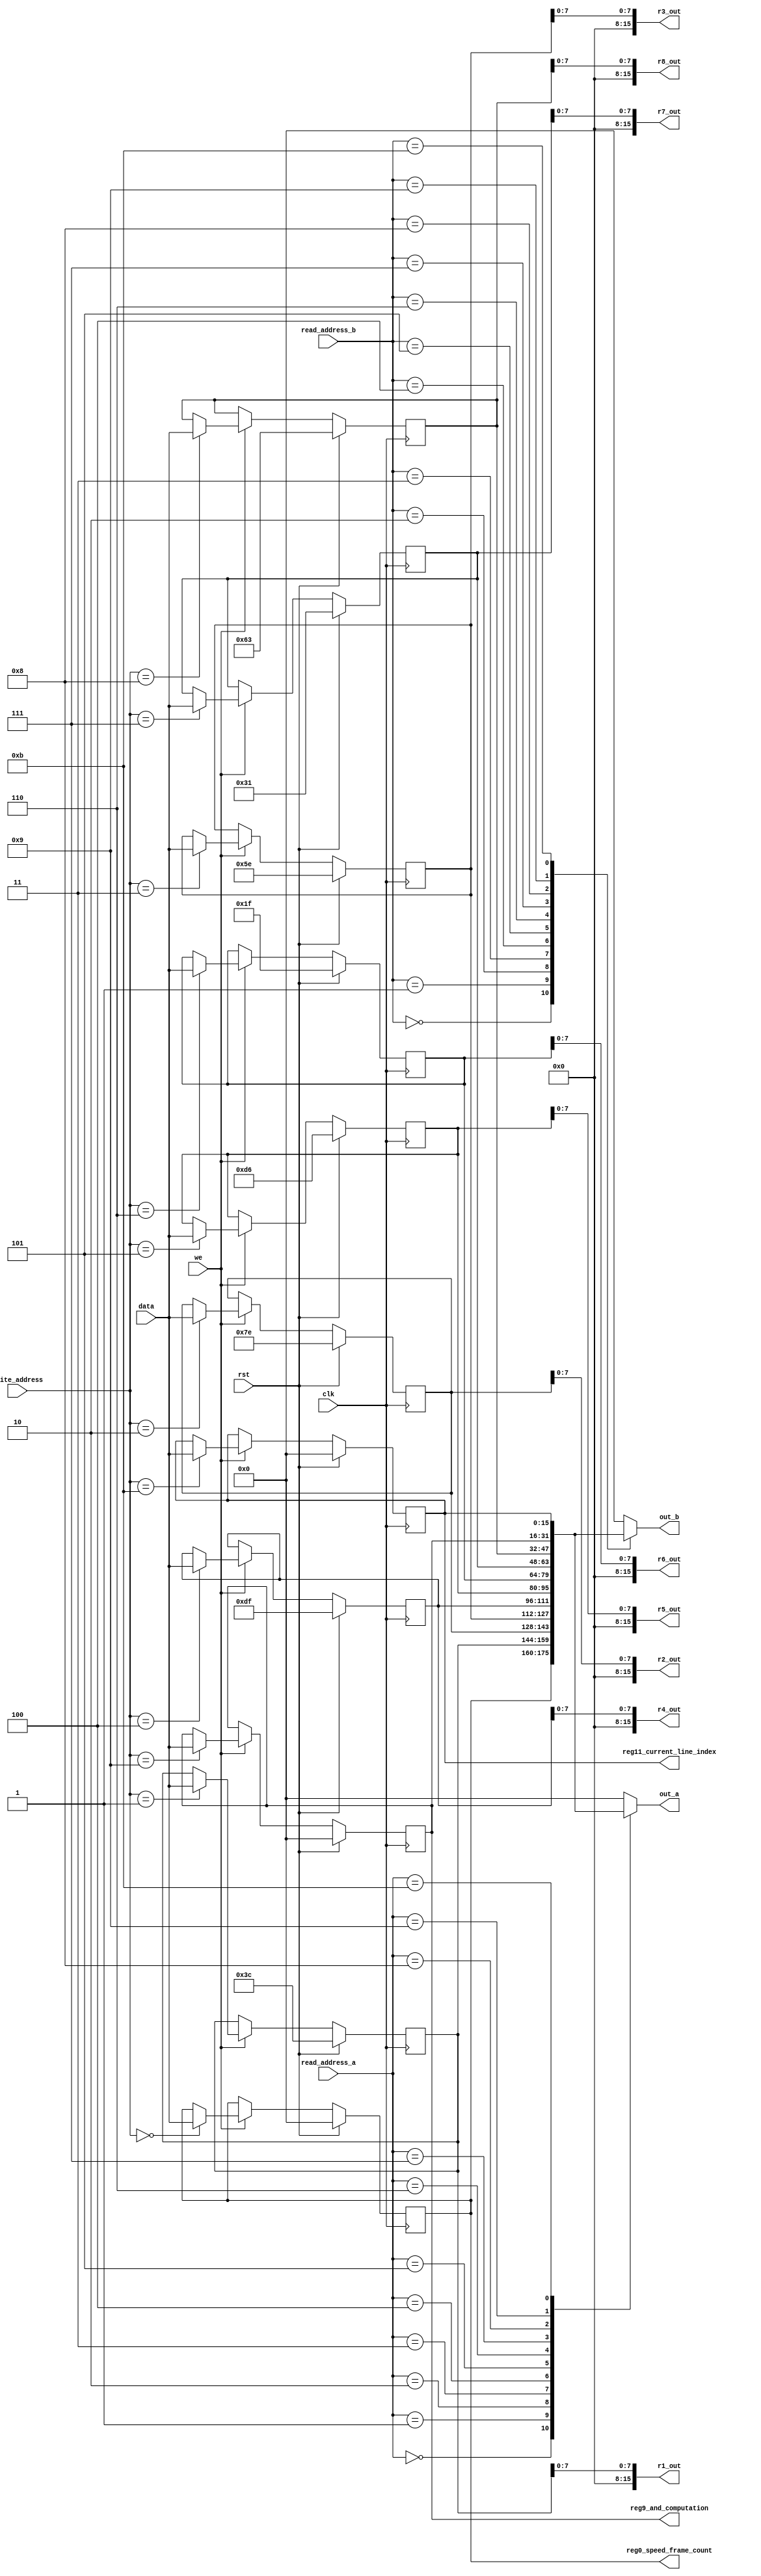
/*
   This file was generated automatically by Alchitry Labs version 1.2.7.
   Do not edit this file directly. Instead edit the original Lucid source.
   This is a temporary file and any changes made to it will be destroyed.
*/

module game_miniRegfiles_14 (
    input clk,
    input rst,
    input [3:0] write_address,
    input we,
    input [15:0] data,
    input [3:0] read_address_a,
    input [3:0] read_address_b,
    output reg [15:0] out_a,
    output reg [15:0] out_b,
    output reg [15:0] r1_out,
    output reg [15:0] r2_out,
    output reg [15:0] r3_out,
    output reg [15:0] r4_out,
    output reg [15:0] r5_out,
    output reg [15:0] r6_out,
    output reg [15:0] r7_out,
    output reg [15:0] r8_out,
    output reg [15:0] reg11_current_line_index,
    output reg [15:0] reg0_speed_frame_count,
    output reg [15:0] reg9_and_computation
  );
  
  
  
  reg [15:0] M_gamestate_r0_d, M_gamestate_r0_q = 1'h0;
  reg [15:0] M_line1_r1_d, M_line1_r1_q = 16'h003c;
  reg [15:0] M_line2_r2_d, M_line2_r2_q = 16'h007e;
  reg [15:0] M_line3_r3_d, M_line3_r3_q = 16'h005e;
  reg [15:0] M_line4_r4_d, M_line4_r4_q = 16'h00df;
  reg [15:0] M_line5_r5_d, M_line5_r5_q = 16'h00d6;
  reg [15:0] M_line6_r6_d, M_line6_r6_q = 16'h001f;
  reg [15:0] M_line7_r7_d, M_line7_r7_q = 16'h0031;
  reg [15:0] M_line8_r8_d, M_line8_r8_q = 16'h0063;
  reg [15:0] M_and_result_r9_d, M_and_result_r9_q = 1'h0;
  reg [15:0] M_current_line_r11_d, M_current_line_r11_q = 1'h0;
  
  always @* begin
    M_gamestate_r0_d = M_gamestate_r0_q;
    M_line1_r1_d = M_line1_r1_q;
    M_line2_r2_d = M_line2_r2_q;
    M_line5_r5_d = M_line5_r5_q;
    M_line6_r6_d = M_line6_r6_q;
    M_line3_r3_d = M_line3_r3_q;
    M_line4_r4_d = M_line4_r4_q;
    M_and_result_r9_d = M_and_result_r9_q;
    M_line7_r7_d = M_line7_r7_q;
    M_line8_r8_d = M_line8_r8_q;
    M_current_line_r11_d = M_current_line_r11_q;
    
    r1_out = M_line1_r1_q[0+7-:8];
    r2_out = M_line2_r2_q[0+7-:8];
    r3_out = M_line3_r3_q[0+7-:8];
    r4_out = M_line4_r4_q[0+7-:8];
    r5_out = M_line5_r5_q[0+7-:8];
    r6_out = M_line6_r6_q[0+7-:8];
    r7_out = M_line7_r7_q[0+7-:8];
    r8_out = M_line8_r8_q[0+7-:8];
    if (we) begin
      
      case (write_address)
        4'h0: begin
          M_gamestate_r0_d = data;
        end
        4'h1: begin
          M_line1_r1_d = data;
        end
        4'h2: begin
          M_line2_r2_d = data;
        end
        4'h3: begin
          M_line3_r3_d = data;
        end
        4'h4: begin
          M_line4_r4_d = data;
        end
        4'h5: begin
          M_line5_r5_d = data;
        end
        4'h6: begin
          M_line6_r6_d = data;
        end
        4'h7: begin
          M_line7_r7_d = data;
        end
        4'h8: begin
          M_line8_r8_d = data;
        end
        4'h9: begin
          M_and_result_r9_d = data;
        end
        4'hb: begin
          M_current_line_r11_d = data;
        end
      endcase
    end
    
    case (read_address_a)
      4'h0: begin
        out_a = M_gamestate_r0_q;
      end
      4'h1: begin
        out_a = M_line1_r1_q;
      end
      4'h2: begin
        out_a = M_line2_r2_q;
      end
      4'h3: begin
        out_a = M_line3_r3_q;
      end
      4'h4: begin
        out_a = M_line4_r4_q;
      end
      4'h5: begin
        out_a = M_line5_r5_q;
      end
      4'h6: begin
        out_a = M_line6_r6_q;
      end
      4'h7: begin
        out_a = M_line7_r7_q;
      end
      4'h8: begin
        out_a = M_line8_r8_q;
      end
      4'h9: begin
        out_a = M_and_result_r9_q;
      end
      4'hb: begin
        out_a = M_current_line_r11_q;
      end
      default: begin
        out_a = 1'h0;
      end
    endcase
    
    case (read_address_b)
      4'h0: begin
        out_b = M_gamestate_r0_q;
      end
      4'h1: begin
        out_b = M_line1_r1_q;
      end
      4'h2: begin
        out_b = M_line2_r2_q;
      end
      4'h3: begin
        out_b = M_line3_r3_q;
      end
      4'h4: begin
        out_b = M_line4_r4_q;
      end
      4'h5: begin
        out_b = M_line5_r5_q;
      end
      4'h6: begin
        out_b = M_line6_r6_q;
      end
      4'h7: begin
        out_b = M_line7_r7_q;
      end
      4'h8: begin
        out_b = M_line8_r8_q;
      end
      4'h9: begin
        out_b = M_and_result_r9_q;
      end
      4'hb: begin
        out_b = M_current_line_r11_q;
      end
      default: begin
        out_b = 1'h0;
      end
    endcase
    reg0_speed_frame_count = M_gamestate_r0_q;
    reg9_and_computation = M_and_result_r9_q;
    reg11_current_line_index = M_current_line_r11_q;
  end
  
  always @(posedge clk) begin
    if (rst == 1'b1) begin
      M_gamestate_r0_q <= 1'h0;
    end else begin
      M_gamestate_r0_q <= M_gamestate_r0_d;
    end
  end
  
  
  always @(posedge clk) begin
    if (rst == 1'b1) begin
      M_line3_r3_q <= 16'h005e;
    end else begin
      M_line3_r3_q <= M_line3_r3_d;
    end
  end
  
  
  always @(posedge clk) begin
    if (rst == 1'b1) begin
      M_line7_r7_q <= 16'h0031;
    end else begin
      M_line7_r7_q <= M_line7_r7_d;
    end
  end
  
  
  always @(posedge clk) begin
    if (rst == 1'b1) begin
      M_line8_r8_q <= 16'h0063;
    end else begin
      M_line8_r8_q <= M_line8_r8_d;
    end
  end
  
  
  always @(posedge clk) begin
    if (rst == 1'b1) begin
      M_current_line_r11_q <= 1'h0;
    end else begin
      M_current_line_r11_q <= M_current_line_r11_d;
    end
  end
  
  
  always @(posedge clk) begin
    if (rst == 1'b1) begin
      M_and_result_r9_q <= 1'h0;
    end else begin
      M_and_result_r9_q <= M_and_result_r9_d;
    end
  end
  
  
  always @(posedge clk) begin
    if (rst == 1'b1) begin
      M_line6_r6_q <= 16'h001f;
    end else begin
      M_line6_r6_q <= M_line6_r6_d;
    end
  end
  
  
  always @(posedge clk) begin
    if (rst == 1'b1) begin
      M_line5_r5_q <= 16'h00d6;
    end else begin
      M_line5_r5_q <= M_line5_r5_d;
    end
  end
  
  
  always @(posedge clk) begin
    if (rst == 1'b1) begin
      M_line2_r2_q <= 16'h007e;
    end else begin
      M_line2_r2_q <= M_line2_r2_d;
    end
  end
  
  
  always @(posedge clk) begin
    if (rst == 1'b1) begin
      M_line1_r1_q <= 16'h003c;
    end else begin
      M_line1_r1_q <= M_line1_r1_d;
    end
  end
  
  
  always @(posedge clk) begin
    if (rst == 1'b1) begin
      M_line4_r4_q <= 16'h00df;
    end else begin
      M_line4_r4_q <= M_line4_r4_d;
    end
  end
  
endmodule